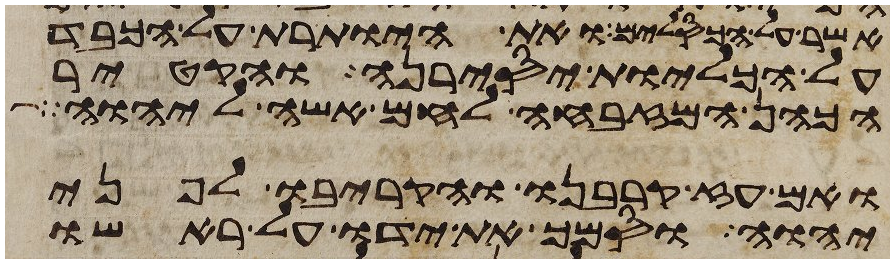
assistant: אשר על הכסלים ואת היותרת על הכבד
על הכליות יסירנה והקטיר
הכהן המזבחה לחם אשה ליהוה
ואם עז קרבנו והקריבו לפני
יהוה וסמך את ידו על ראשו